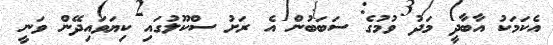
އެކަމަކު އާބާދީ މަދު ވުމުގެ ސަބަބުން އެ ރަށު ސްކޫލުގައި ކިޔަވައިދޭން ވަނީ